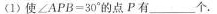
(1)使 $$∠ A P B = 3 0 °$$ 点P有___个